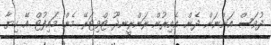
ދުވަސް އަންނަން ދެން. އެއިރުން ރަންރީނދޫ ޓްވިޓަރޭ މެން މައިފުޓް އޭ ކިޔާ